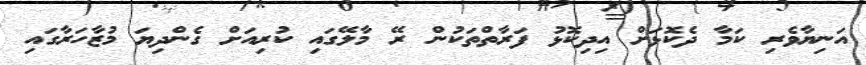
އަނިޔާވެރި ކަމާ ދެކޮޅަށް އިދިކޮޅު ފަރާތްތަކުން ރޭ މާލޭގައި ކުރިއަށް ގެންދިޔަ މުޒާހަރާގައި